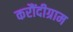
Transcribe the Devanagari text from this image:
करौंदीग्राम